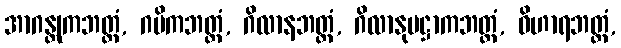
အာဂန္တုကဘတ္တံ, ဂမိကဘတ္တံ, ဂိလာနဘတ္တံ, ဂိလာနုပဋ္ဌာကဘတ္တံ, ဝိဟာရဘတ္တံ,